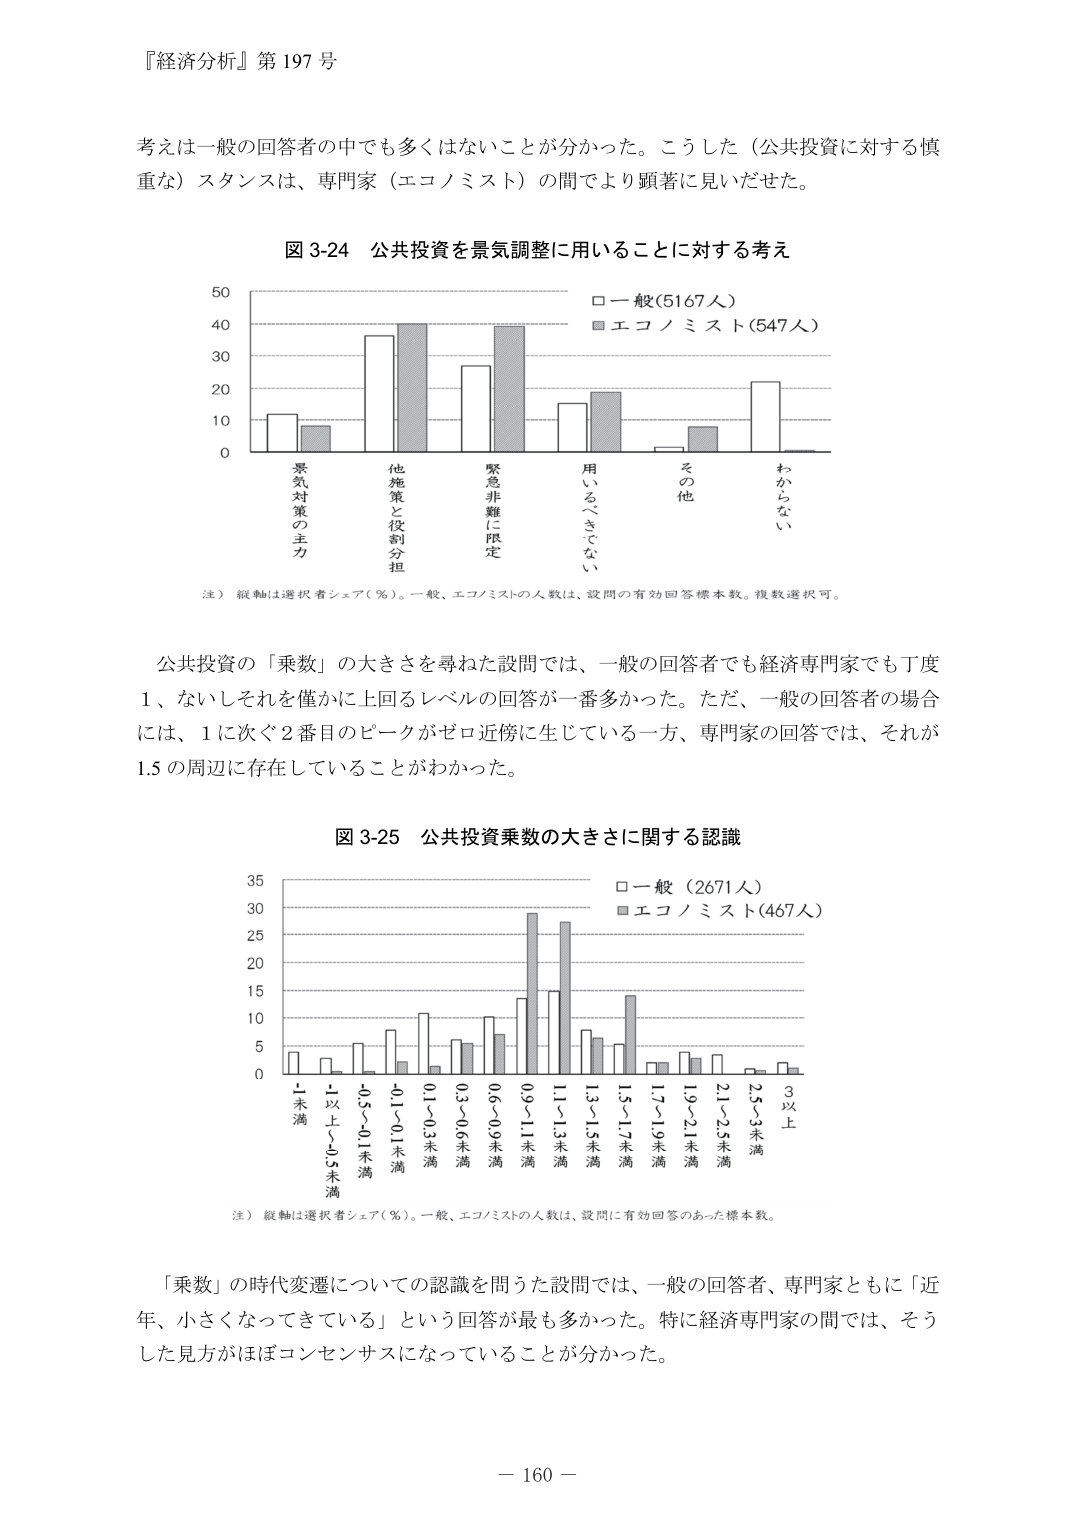
『経済分析』第197号

考えは一般の回答者の中でも多くはないことが分かった。こうした（公共投資に対する慎重な）スタンスは、専門家（エコノミスト）の間でより顕著に見いだせた。

図3-24 公共投資を景気調整に用いることに対する考え

□一般(5167人)
■エコノミスト(547人)

景気対策の主力
他施策と役割分担
緊急非難に限定
用いるべきでない
その他
わからない

注）縦軸は選択者シェア（％）。一般、エコノミストの人数は、設問の有効回答標本数。複数選択可。

公共投資の「乗数」の大きさを尋ねた設問では、一般の回答者でも経済専門家でも丁度1、ないしそれを僅かに上回るレベルの回答が一番多かった。ただ、一般の回答者の場合には、1に次ぐ2番目のピークがゼロ近傍に生じている一方、専門家の回答では、それが1.5の周辺に存在していることがわかった。

図3-25 公共投資乗数の大きさに関する認識

□一般（2671人）
■エコノミスト(467人)

-1未満
-1以上～0未満
0.5～0.1未満
0.1～0.1未満
0.3～0.6未満
0.6～0.9未満
0.9～1.1未満
1.1～1.3未満
1.3～1.5未満
1.5～1.7未満
1.7～1.9未満
1.9～2.1未満
2.1～2.5未満
2.5～3未満
3以上

注）縦軸は選択者シェア（％）。一般、エコノミストの人数は、設問に有効回答のあった標本数。

「乗数」の時代変遷についての認識を問うた設問では、一般の回答者、専門家ともに「近年、小さくなってきている」という回答が最も多かった。特に経済専門家の間では、そうした見方がほぼコンセンサスになっていることが分かった。

－160－